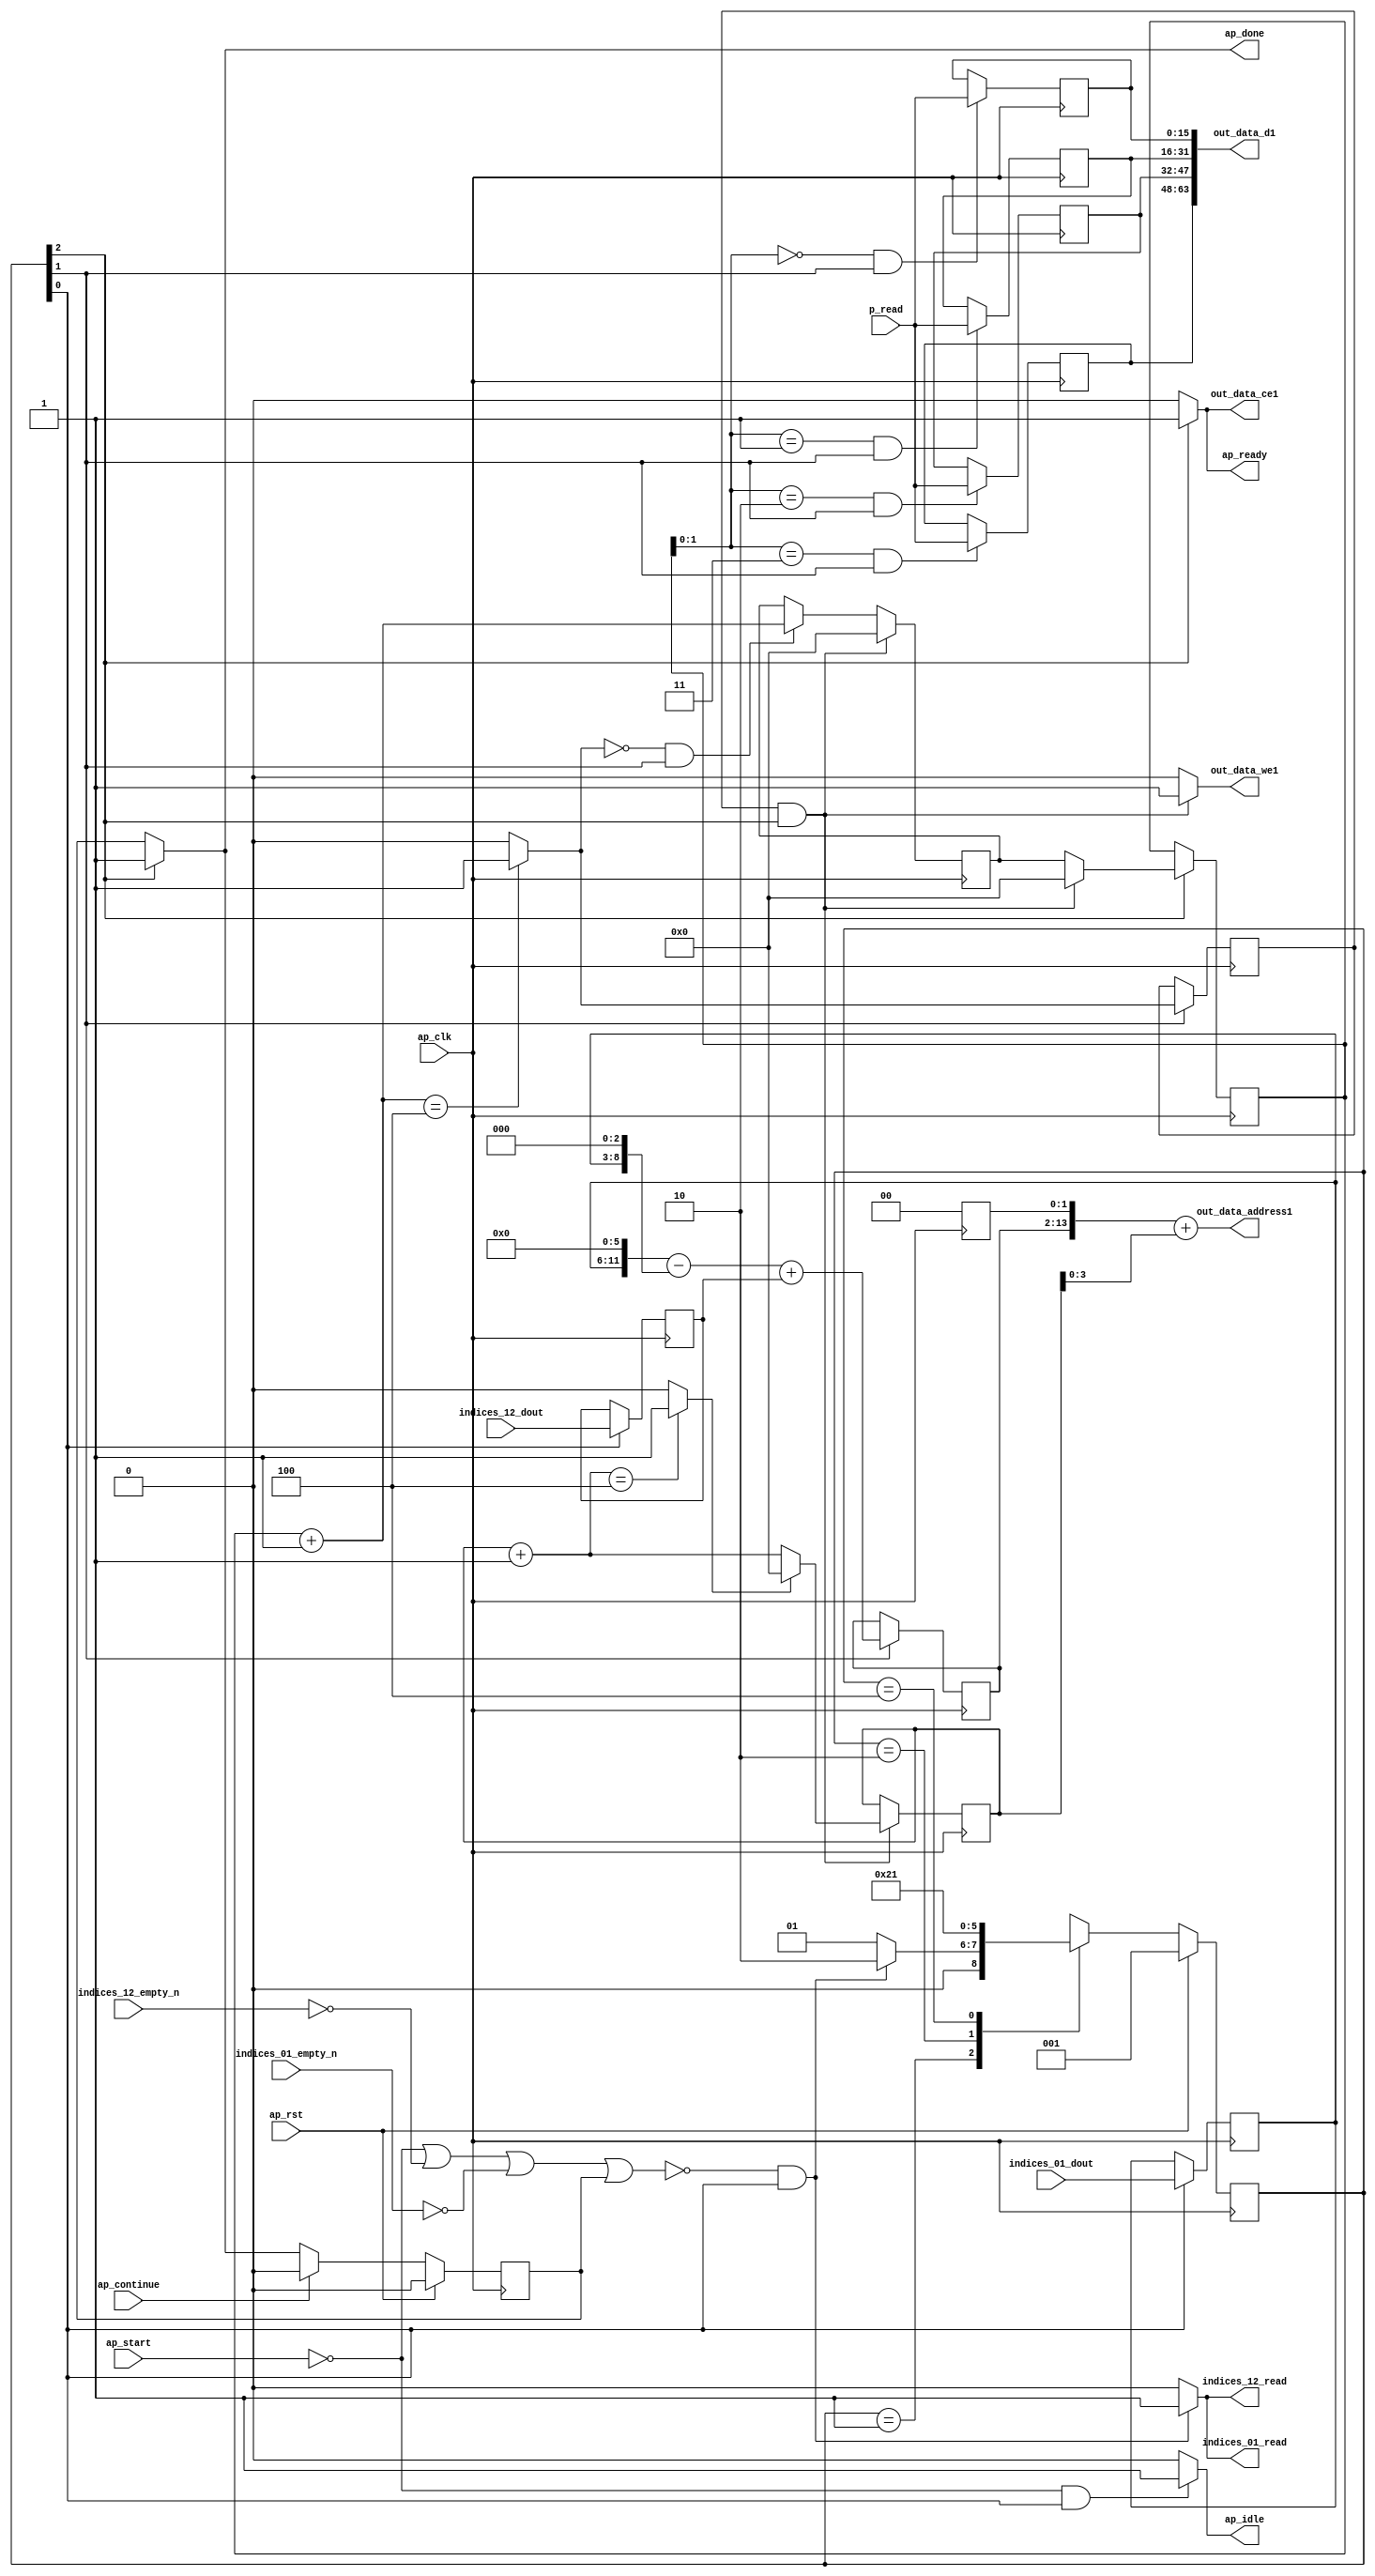
`define EXPONENT 5
`define MANTISSA 10
`define ACTUAL_MANTISSA 11
`define EXPONENT_LSB 10
`define EXPONENT_MSB 14
`define MANTISSA_LSB 0
`define MANTISSA_MSB 9
`define MANTISSA_MUL_SPLIT_LSB 3
`define MANTISSA_MUL_SPLIT_MSB 9
`define SIGN 1
`define SIGN_LOC 15
`define DWIDTH (`SIGN+`EXPONENT+`MANTISSA)
`define IEEE_COMPLIANCE 1

module td_fused_top_tdf3_writeOutputs_unaligned (
        ap_clk,
        ap_rst,
        ap_start,
        ap_done,
        ap_continue,
        ap_idle,
        ap_ready,
        indices_01_dout,
        indices_01_empty_n,
        indices_01_read,
        indices_12_dout,
        indices_12_empty_n,
        indices_12_read,
        p_read,
        out_data_address1,
        out_data_ce1,
        out_data_we1,
        out_data_d1
);

parameter    ap_ST_fsm_state1 = 3'd1;
parameter    ap_ST_fsm_state2 = 3'd2;
parameter    ap_ST_fsm_state3 = 3'd4;

input   ap_clk;
input   ap_rst;
input   ap_start;
output   ap_done;
input   ap_continue;
output   ap_idle;
output   ap_ready;
input  [5:0] indices_01_dout;
input   indices_01_empty_n;
output   indices_01_read;
input  [11:0] indices_12_dout;
input   indices_12_empty_n;
output   indices_12_read;
input  [15:0] p_read;
output  [13:0] out_data_address1;
output   out_data_ce1;
output   out_data_we1;
output  [63:0] out_data_d1;

reg ap_done;
reg ap_idle;
reg ap_ready;
reg indices_01_read;
reg indices_12_read;
reg out_data_ce1;
reg out_data_we1;

reg    ap_done_reg;
  reg   [2:0] ap_CS_fsm;
wire    ap_CS_fsm_state1;
reg   [15:0] outputCount_2;
reg   [15:0] outputChanIdx_2;
reg   [15:0] outputRow_4_0;
reg   [15:0] outputRow_4_1;
reg   [15:0] outputRow_4_2;
reg   [15:0] outputRow_4_3;
reg    indices_01_blk_n;
reg    indices_12_blk_n;
reg   [5:0] indices_01_read_reg_309;
reg   [11:0] indices_12_read_reg_315;
wire   [13:0] shl_ln89_fu_160_p2;
reg   [13:0] shl_ln89_reg_320;
wire    ap_CS_fsm_state2;
wire   [15:0] add_ln87_fu_198_p2;
wire   [0:0] icmp_ln88_fu_204_p2;
reg   [0:0] icmp_ln88_reg_333;
reg   [15:0] ap_phi_mux_empty_phi_fu_112_p4;
reg   [15:0] empty_reg_109;
wire    ap_CS_fsm_state3;
wire   [63:0] zext_ln94_8_fu_231_p1;
wire   [15:0] select_ln97_fu_289_p3;
wire   [1:0] trunc_ln86_fu_170_p1;
reg    ap_block_state1;
wire   [11:0] tmp_fu_119_p3;
wire   [8:0] tmp_s_fu_130_p3;
wire   [12:0] zext_ln94_fu_126_p1;
wire   [12:0] zext_ln94_5_fu_137_p1;
wire   [12:0] sub_ln94_fu_141_p2;
wire   [13:0] sub_ln94_cast13_fu_147_p1;
wire   [13:0] zext_ln94_6_fu_151_p1;
wire   [13:0] add_ln94_fu_154_p2;
wire   [3:0] trunc_ln94_fu_218_p1;
wire   [13:0] zext_ln94_7_fu_222_p1;
wire   [13:0] add_ln94_3_fu_226_p2;
wire   [15:0] bitcast_ln94_9_fu_260_p1;
wire   [15:0] bitcast_ln94_8_fu_252_p1;
wire   [15:0] bitcast_ln94_7_fu_244_p1;
wire   [15:0] bitcast_ln94_fu_236_p1;
wire   [15:0] add_ln96_fu_277_p2;
wire   [0:0] icmp_ln97_fu_283_p2;
reg   [2:0] ap_NS_fsm;
wire    ap_ce_reg;

// power-on initialization
initial begin
#0 ap_done_reg = 1'b0;
#0 ap_CS_fsm = 3'd1;
#0 outputCount_2 = 16'd0;
#0 outputChanIdx_2 = 16'd0;
#0 outputRow_4_0 = 16'd0;
#0 outputRow_4_1 = 16'd0;
#0 outputRow_4_2 = 16'd0;
#0 outputRow_4_3 = 16'd0;
end

always @ (posedge ap_clk) begin
    if (ap_rst == 1'b1) begin
        ap_CS_fsm <= ap_ST_fsm_state1;
    end else begin
        ap_CS_fsm <= ap_NS_fsm;
    end
end

always @ (posedge ap_clk) begin
    if (ap_rst == 1'b1) begin
        ap_done_reg <= 1'b0;
    end else begin
        if ((ap_continue == 1'b1)) begin
            ap_done_reg <= 1'b0;
        end else if ((1'b1 == ap_CS_fsm_state3)) begin
            ap_done_reg <= 1'b1;
        end
    end
end

always @ (posedge ap_clk) begin
    if (((icmp_ln88_reg_333 == 1'd1) & (1'b1 == ap_CS_fsm_state3))) begin
        empty_reg_109 <= 16'd0;
    end else if (((icmp_ln88_fu_204_p2 == 1'd0) & (1'b1 == ap_CS_fsm_state2))) begin
        empty_reg_109 <= add_ln87_fu_198_p2;
    end
end

always @ (posedge ap_clk) begin
    if ((1'b1 == ap_CS_fsm_state2)) begin
        icmp_ln88_reg_333 <= icmp_ln88_fu_204_p2;
        shl_ln89_reg_320[13 : 2] <= shl_ln89_fu_160_p2[13 : 2];
    end
end

always @ (posedge ap_clk) begin
    if ((1'b1 == ap_CS_fsm_state1)) begin
        indices_01_read_reg_309 <= indices_01_dout;
        indices_12_read_reg_315 <= indices_12_dout;
    end
end

always @ (posedge ap_clk) begin
    if (((icmp_ln88_reg_333 == 1'd1) & (1'b1 == ap_CS_fsm_state3))) begin
        outputChanIdx_2 <= select_ln97_fu_289_p3;
    end
end

always @ (posedge ap_clk) begin
    if ((1'b1 == ap_CS_fsm_state3)) begin
        outputCount_2 <= ap_phi_mux_empty_phi_fu_112_p4;
    end
end

always @ (posedge ap_clk) begin
    if (((trunc_ln86_fu_170_p1 == 2'd0) & (1'b1 == ap_CS_fsm_state2))) begin
        outputRow_4_0 <= p_read;
    end
end

always @ (posedge ap_clk) begin
    if (((trunc_ln86_fu_170_p1 == 2'd1) & (1'b1 == ap_CS_fsm_state2))) begin
        outputRow_4_1 <= p_read;
    end
end

always @ (posedge ap_clk) begin
    if (((trunc_ln86_fu_170_p1 == 2'd2) & (1'b1 == ap_CS_fsm_state2))) begin
        outputRow_4_2 <= p_read;
    end
end

always @ (posedge ap_clk) begin
    if (((trunc_ln86_fu_170_p1 == 2'd3) & (1'b1 == ap_CS_fsm_state2))) begin
        outputRow_4_3 <= p_read;
    end
end

always @ (*) begin
    if ((1'b1 == ap_CS_fsm_state3)) begin
        ap_done = 1'b1;
    end else begin
        ap_done = ap_done_reg;
    end
end

always @ (*) begin
    if (((ap_start == 1'b0) & (1'b1 == ap_CS_fsm_state1))) begin
        ap_idle = 1'b1;
    end else begin
        ap_idle = 1'b0;
    end
end

always @ (*) begin
    if (((icmp_ln88_reg_333 == 1'd1) & (1'b1 == ap_CS_fsm_state3))) begin
        ap_phi_mux_empty_phi_fu_112_p4 = 16'd0;
    end else begin
        ap_phi_mux_empty_phi_fu_112_p4 = empty_reg_109;
    end
end

always @ (*) begin
    if ((1'b1 == ap_CS_fsm_state3)) begin
        ap_ready = 1'b1;
    end else begin
        ap_ready = 1'b0;
    end
end

always @ (*) begin
    if ((~((ap_start == 1'b0) | (ap_done_reg == 1'b1)) & (1'b1 == ap_CS_fsm_state1))) begin
        indices_01_blk_n = indices_01_empty_n;
    end else begin
        indices_01_blk_n = 1'b1;
    end
end

always @ (*) begin
    if ((~((ap_start == 1'b0) | (indices_12_empty_n == 1'b0) | (indices_01_empty_n == 1'b0) | (ap_done_reg == 1'b1)) & (1'b1 == ap_CS_fsm_state1))) begin
        indices_01_read = 1'b1;
    end else begin
        indices_01_read = 1'b0;
    end
end

always @ (*) begin
    if ((~((ap_start == 1'b0) | (ap_done_reg == 1'b1)) & (1'b1 == ap_CS_fsm_state1))) begin
        indices_12_blk_n = indices_12_empty_n;
    end else begin
        indices_12_blk_n = 1'b1;
    end
end

always @ (*) begin
    if ((~((ap_start == 1'b0) | (indices_12_empty_n == 1'b0) | (indices_01_empty_n == 1'b0) | (ap_done_reg == 1'b1)) & (1'b1 == ap_CS_fsm_state1))) begin
        indices_12_read = 1'b1;
    end else begin
        indices_12_read = 1'b0;
    end
end

always @ (*) begin
    if ((1'b1 == ap_CS_fsm_state3)) begin
        out_data_ce1 = 1'b1;
    end else begin
        out_data_ce1 = 1'b0;
    end
end

always @ (*) begin
    if (((icmp_ln88_reg_333 == 1'd1) & (1'b1 == ap_CS_fsm_state3))) begin
        out_data_we1 = 1'b1;
    end else begin
        out_data_we1 = 1'b0;
    end
end

always @ (*) begin
    case (ap_CS_fsm)
        ap_ST_fsm_state1 : begin
            if ((~((ap_start == 1'b0) | (indices_12_empty_n == 1'b0) | (indices_01_empty_n == 1'b0) | (ap_done_reg == 1'b1)) & (1'b1 == ap_CS_fsm_state1))) begin
                ap_NS_fsm = ap_ST_fsm_state2;
            end else begin
                ap_NS_fsm = ap_ST_fsm_state1;
            end
        end
        ap_ST_fsm_state2 : begin
            ap_NS_fsm = ap_ST_fsm_state3;
        end
        ap_ST_fsm_state3 : begin
            ap_NS_fsm = ap_ST_fsm_state1;
        end
        default : begin
            ap_NS_fsm = 'bx;
        end
    endcase
end

assign add_ln87_fu_198_p2 = (outputCount_2 + 16'd1);

assign add_ln94_3_fu_226_p2 = (shl_ln89_reg_320 + zext_ln94_7_fu_222_p1);

assign add_ln94_fu_154_p2 = (sub_ln94_cast13_fu_147_p1 + zext_ln94_6_fu_151_p1);

assign add_ln96_fu_277_p2 = (outputChanIdx_2 + 16'd1);

assign ap_CS_fsm_state1 = ap_CS_fsm[32'd0];

assign ap_CS_fsm_state2 = ap_CS_fsm[32'd1];

assign ap_CS_fsm_state3 = ap_CS_fsm[32'd2];

always @ (*) begin
    ap_block_state1 = ((ap_start == 1'b0) | (indices_12_empty_n == 1'b0) | (indices_01_empty_n == 1'b0) | (ap_done_reg == 1'b1));
end

assign bitcast_ln94_7_fu_244_p1 = outputRow_4_1;

assign bitcast_ln94_8_fu_252_p1 = outputRow_4_2;

assign bitcast_ln94_9_fu_260_p1 = outputRow_4_3;

assign bitcast_ln94_fu_236_p1 = outputRow_4_0;

assign icmp_ln88_fu_204_p2 = ((add_ln87_fu_198_p2 == 16'd4) ? 1'b1 : 1'b0);

assign icmp_ln97_fu_283_p2 = ((add_ln96_fu_277_p2 == 16'd4) ? 1'b1 : 1'b0);

assign out_data_address1 = zext_ln94_8_fu_231_p1;

assign out_data_d1 = {{{{bitcast_ln94_9_fu_260_p1}, {bitcast_ln94_8_fu_252_p1}}, {bitcast_ln94_7_fu_244_p1}}, {bitcast_ln94_fu_236_p1}};

assign select_ln97_fu_289_p3 = ((icmp_ln97_fu_283_p2[0:0] == 1'b1) ? 16'd0 : add_ln96_fu_277_p2);

assign shl_ln89_fu_160_p2 = add_ln94_fu_154_p2 << 14'd2;

assign sub_ln94_cast13_fu_147_p1 = sub_ln94_fu_141_p2;

assign sub_ln94_fu_141_p2 = (zext_ln94_fu_126_p1 - zext_ln94_5_fu_137_p1);

assign tmp_fu_119_p3 = {{indices_01_read_reg_309}, {6'd0}};

assign tmp_s_fu_130_p3 = {{indices_01_read_reg_309}, {3'd0}};

assign trunc_ln86_fu_170_p1 = outputCount_2[1:0];

assign trunc_ln94_fu_218_p1 = outputChanIdx_2[3:0];

assign zext_ln94_5_fu_137_p1 = tmp_s_fu_130_p3;

assign zext_ln94_6_fu_151_p1 = indices_12_read_reg_315;

assign zext_ln94_7_fu_222_p1 = trunc_ln94_fu_218_p1;

assign zext_ln94_8_fu_231_p1 = add_ln94_3_fu_226_p2;

assign zext_ln94_fu_126_p1 = tmp_fu_119_p3;

always @ (posedge ap_clk) begin
    shl_ln89_reg_320[1:0] <= 2'b00;
end

endmodule //td_fused_top_tdf3_writeOutputs_unaligned